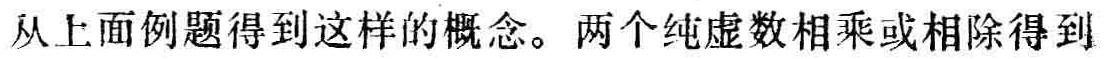
从上面例题得到这样的概念。两个纯虚数相乘或相除得到